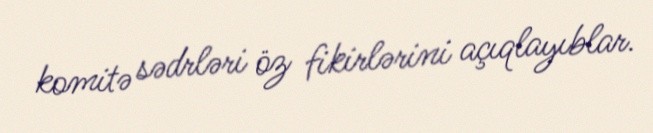
komitə sədrləri öz fikirlərini açıqlayıblar.